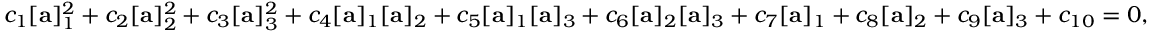
c _ { 1 } [ { \bf a } ] _ { 1 } ^ { 2 } + c _ { 2 } [ { \bf a } ] _ { 2 } ^ { 2 } + c _ { 3 } [ { \bf a } ] _ { 3 } ^ { 2 } + c _ { 4 } [ { \bf a } ] _ { 1 } [ { \bf a } ] _ { 2 } + c _ { 5 } [ { \bf a } ] _ { 1 } [ { \bf a } ] _ { 3 } + c _ { 6 } [ { \bf a } ] _ { 2 } [ { \bf a } ] _ { 3 } + c _ { 7 } [ { \bf a } ] _ { 1 } + c _ { 8 } [ { \bf a } ] _ { 2 } + c _ { 9 } [ { \bf a } ] _ { 3 } + c _ { 1 0 } = 0 ,